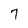
Character: 7